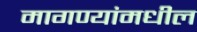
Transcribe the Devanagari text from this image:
मागण्यांमधील